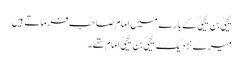
یحییٰ بن یحییٰ کے بارے میں امام صاحب فرماتے ہیں
میرے نزدیک یحییٰ بن یحییٰ امام تھے۔